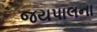
જયપાલના